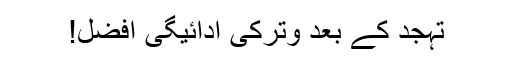
تہجد کے بعد وترکی ادائیگی افضل!